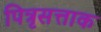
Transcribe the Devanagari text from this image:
पित्रृसत्ताक